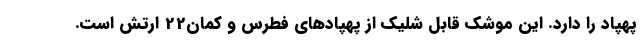
پهپاد را دارد. این موشک قابل شلیک از پهپادهای فطرس و کمان22 ارتش است.